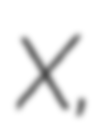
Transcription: X,